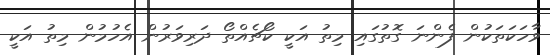
ވާހަކަތަކުން ފެންނަ ގޮތުގައި މިތު އަކީ ކޯޗެއްތޯ ދަރިވަރުން އެހުމުން މިތު އަކީ